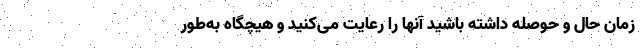
زمان حال و حوصله داشته باشید آنها را رعایت می‌کنید و هیچگاه به‌طور